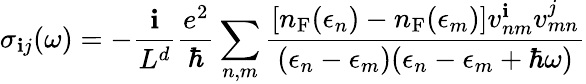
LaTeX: \sigma_{\mathbf{i}j}(\omega)=-\frac{{\mathrm{{\mathbf{i}}}}}{{L^{d}}}\frac{{e^{2}}}{{\hbar}}\sum_{n,m}\frac{{[n_{\mathrm{{F}}}(\epsilon_{n})-n_{\mathrm{{F}}}(\epsilon_{m})]v_{nm}^{\mathbf{i}}v_{mn}^{j}}}{{(\epsilon_{n}-\epsilon_{m})(\epsilon_{n}-\epsilon_{m}+\hbar\omega)}}